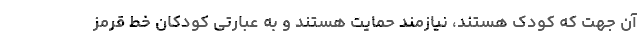
آن جهت که کودک هستند، نیازمند حمایت‌ هستند و به عبارتی کودکان خط قرمز